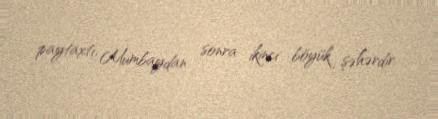
paytaxtı, Mumbaydan sonra ikinci böyük şəhərdir.